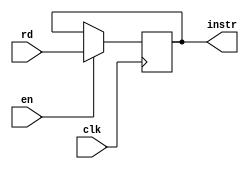
module IRreg(input clk, en,
             input [31:0] rd,
             output reg [31:0] instr);
    always@(posedge clk)
        //TODO IRWrite
        if(en) instr <= rd;
        else instr <= instr;
endmodule